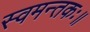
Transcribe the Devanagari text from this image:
स्वमन्तकः॥